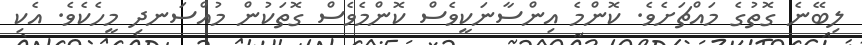
ލިބޭނެ ގޮތުގެ މައްޗަށެވެ. ކޮންމެ އިންސާނަކީވެސް ކޮންމެވެސް ގޮތަކުން މުއްސަނދި މީހެކެވެ. އެކި